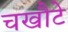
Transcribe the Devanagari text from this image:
चखौटे